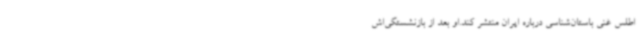
اطلس غنی باستان‌شناسی درباره ایران منتشر کند.او بعد از بازنشستگی‌اش